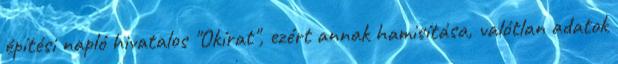
építési napló hivatalos "Okírat", ezért annak hamisítása, valótlan adatok